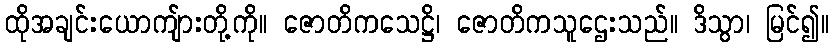
ထိုအချင်းယောကျ်ားတို့ကို။ ဇောတိကသေဋ္ဌိ၊ ဇောတိကသူဌေးသည်။ ဒိသွာ၊ မြင်၍။